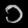
Digit: ၁